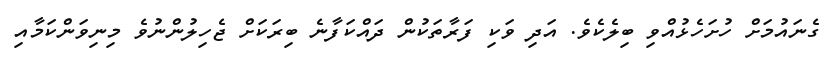
ގެނައުމަށް ހުށަހެޅުއްވި ބިލެކެވެ. އަދި ވަކި ފަރާތަކުން ދައްކަފާނެ ބިރަކަށް ޖެހިލުންނުވެ މިނިވަންކަމާއި